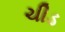
ચીડ